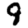
Digit: 9